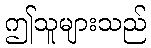
ဤသူများသည်